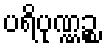
ပရိပုဏ္ဏဉ္စ